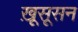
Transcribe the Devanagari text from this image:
ख़ूसूसन